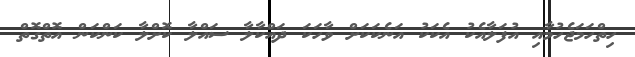
ހިތްހަމަޖެހުމާއި އުފަލާއެކު އެކަކު އަނެކަކަށް ވާހަކަ ދައްކާލާ ސައްލާ ކޮށްލާ ކަންކަން އޮތްގޮތް